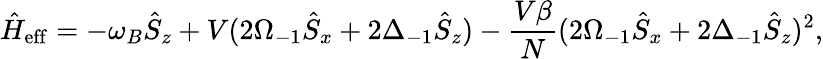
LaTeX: \hat{H}_{\mathrm{eff}}=-\omega_{B}\hat{S}_{z}+V(2\Omega_{-1}\hat{S}_{x}+2\Delta_{-1}\hat{S}_{z})-\frac{V\beta}{N}(2\Omega_{-1}\hat{S}_{x}+2\Delta_{-1}\hat{S}_{z})^{2},